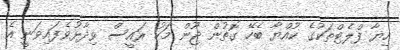
ހިޔާ ފްލެޓްތަކުގެ ކުއްޔާ ބެހޭ ގޮތުން ޖޫން މަހު ރައީސް ވިދާޅުވެފައިވަނީ އެ